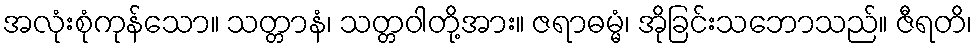
အလုံးစုံကုန်သော။ သတ္တာနံ၊ သတ္တဝါတို့အား။ ဇရာဓမ္မံ၊ အိုခြင်းသဘောသည်။ ဇီရတိ၊